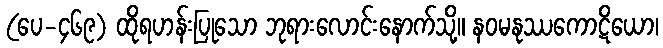
(ပေ-၄၆၉) ထိုရဟန်းပြုသော ဘုရားလောင်းနောက်သို့။ နဝမနုဿကောဋိယော၊